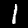
Digit: 1